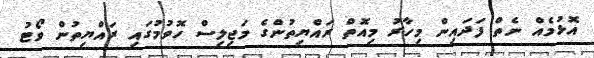
އޮޅުމެއް ނެތް ފަދައިން މިހާރު މިއޮތް ރައްޔިތުންގެ މަޖިލިސް ހޮވުމުގައި ރައްޔިތުން ވޯޓު